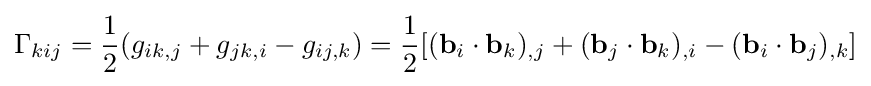
\Gamma _{kij}={\frac {1}{2}}(g_{ik,j}+g_{jk,i}-g_{ij,k})={\frac {1}{2}}[(\mathbf {b} _{i}\cdot \mathbf {b} _{k})_{,j}+(\mathbf {b} _{j}\cdot \mathbf {b} _{k})_{,i}-(\mathbf {b} _{i}\cdot \mathbf {b} _{j})_{,k}]